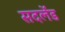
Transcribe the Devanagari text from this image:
सदर्लेंड